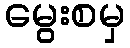
မွေးစမှ